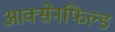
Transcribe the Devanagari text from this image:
आक्सेनफिल्ड